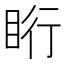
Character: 䀪